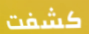
كشفت